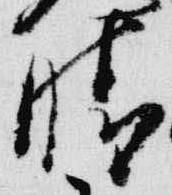
晴